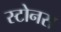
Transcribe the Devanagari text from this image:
स्टोनस